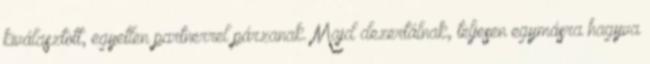
kiválasztott, egyetlen partnerrel párzanak. Majd dezertálnak, teljesen egymásra hagyva